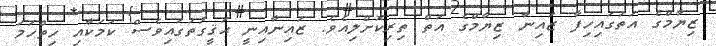
ޒިޔާމްގެ އަތުގައިހިފާ ޒައިނާ ޒިޔާމްގެ އަތް ތިރިކޮށްލިއެވެ. ޒައިނާއިނީ ޙަޤީގަތުގައިވެސް ކަމަކާއި ހިތްހަމަ